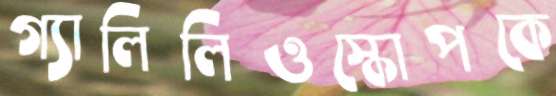
গ্যালিলিওস্কোপকে